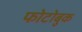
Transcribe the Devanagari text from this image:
फोटोबुक